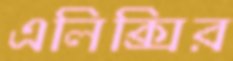
এলিক্সির